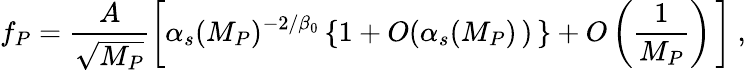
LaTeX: f_{P}=\frac{A}{\sqrt{M_{P}}}\left[\alpha_{s}(M_{P})^{-2/\beta_{0}}\left\{ 1+O(\alpha_{s}(M_{P})\, )\, \right\} +O\left(\frac{1}{M_{P}}\right)\, \right]\ ,